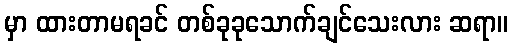
မှာ ထားတာမရခင် တစ်ခုခုသောက်ချင်သေးလား ဆရာ။